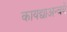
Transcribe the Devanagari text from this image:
कायद्याअन्वये